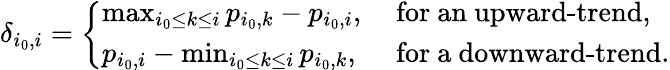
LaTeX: \delta_{i_{0},i}=\left\{ \begin{array}{ll}{\operatorname*{max}_{i_{0}\leq k\leq i}p_{i_{0},k}-p_{i_{0},i},}&{\mathrm{\textrm{~for~an~upward-trend}},}\\ {p_{i_{0},i}-\operatorname*{min}_{i_{0}\leq k\leq i}p_{i_{0},k},}&{\mathrm{\textrm{~for~a~downward-trend}.}}\end{array}\right.